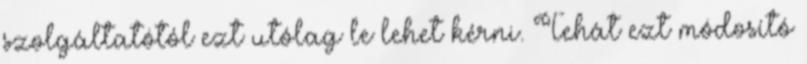
szolgáltatótól ezt utólag le lehet kérni. Tehát ezt módosító